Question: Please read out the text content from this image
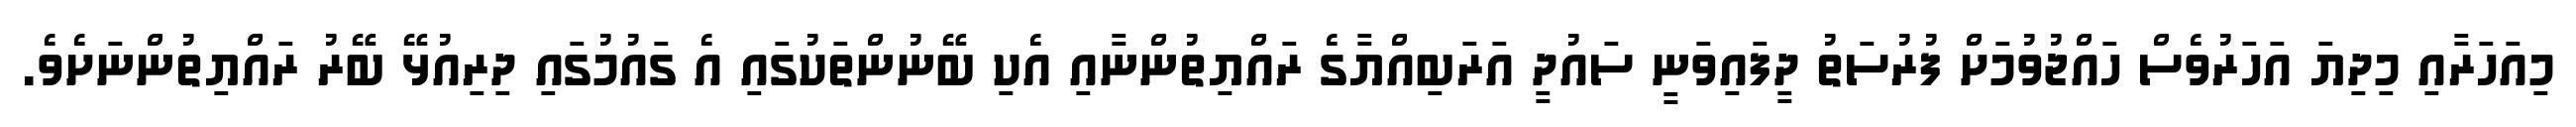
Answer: މިއަހަރާއި މިދިޔަ އަހަރުވެސް ހައްޖުވުމަށް ފުރުސަތު ދީފައިވަނީ ސައުދީ އަރަބިއްޔާގެ ރައްޔިތުންނާއި އެކި ބޭނުންތަކުގައި އެ ގައުމުގައި ދިރިއުޅޭ ބޭރު ރައްޔިތުންނަށެވެ.